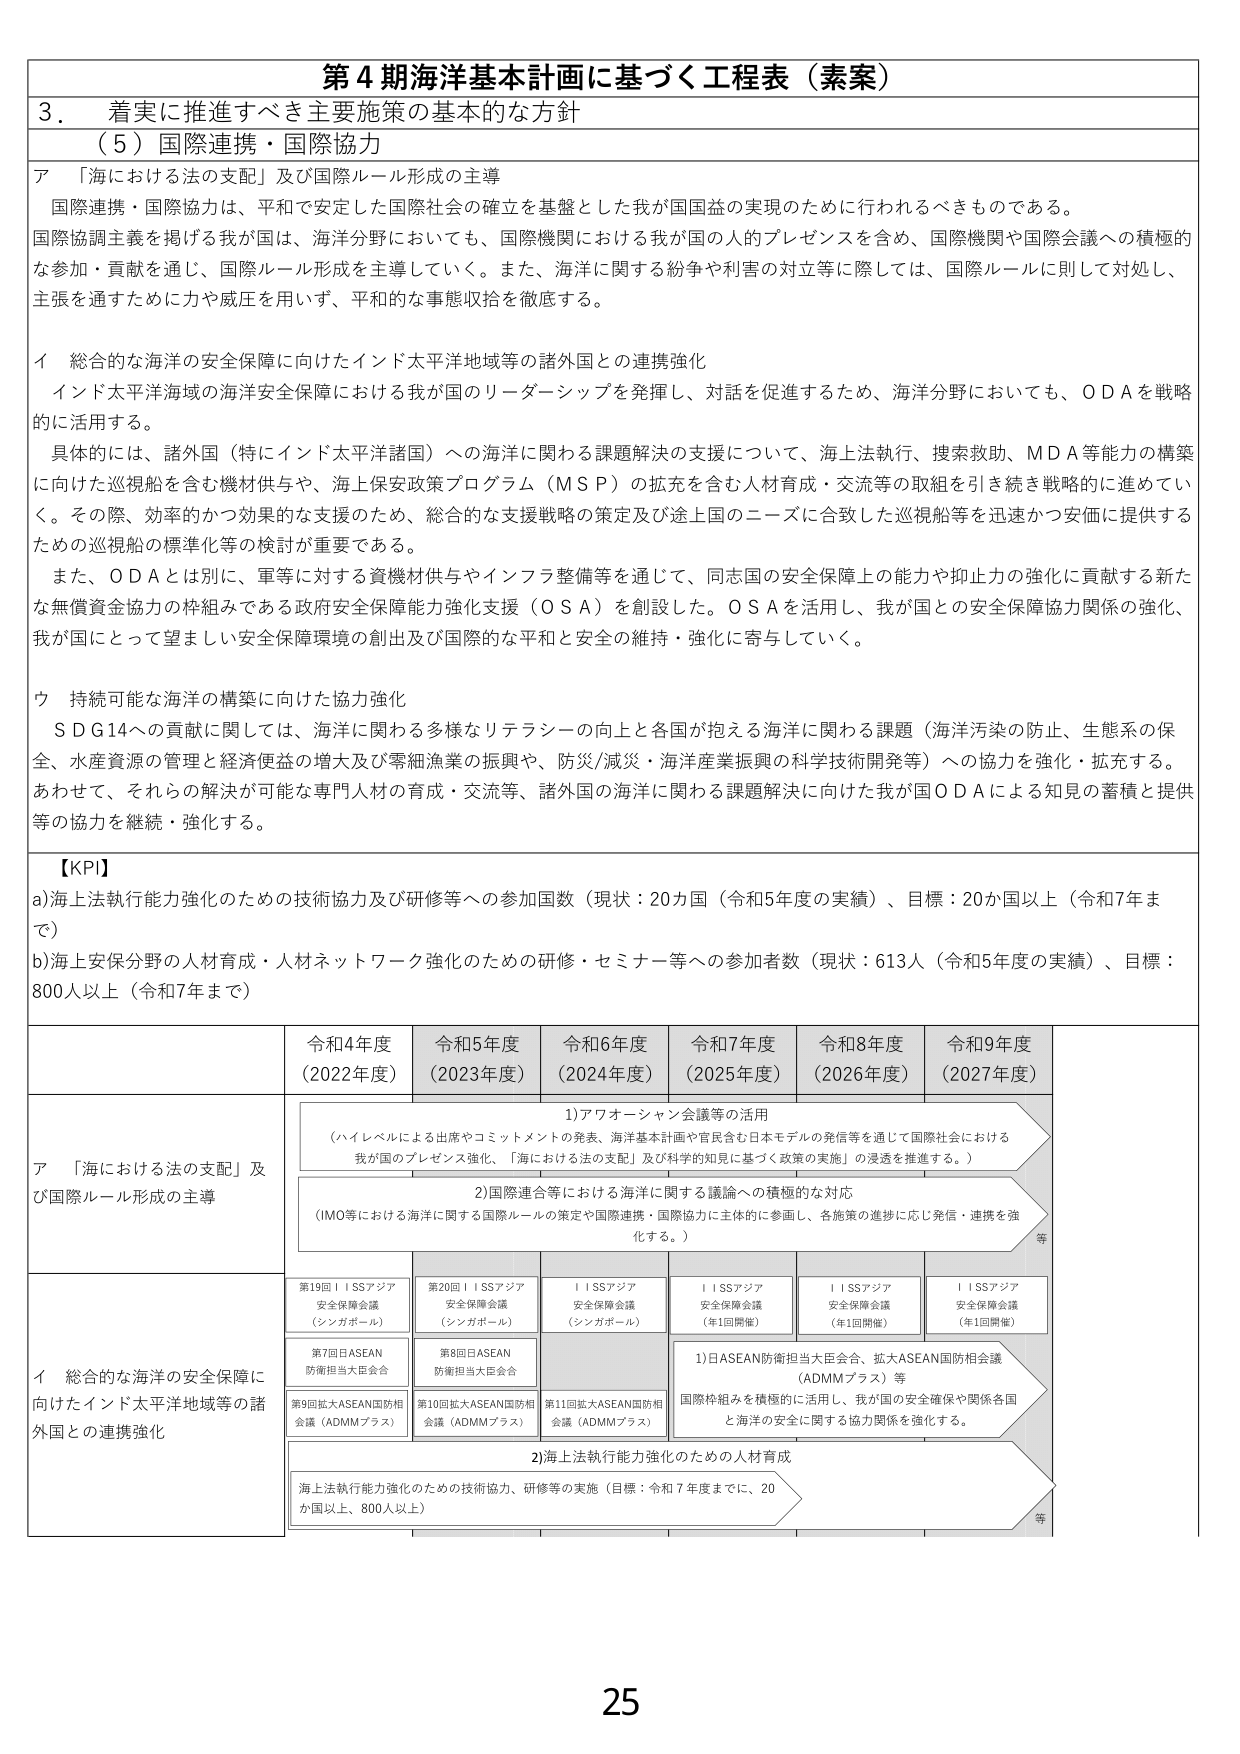
第４期海洋基本計画に基づく工程表（素案）

３．着実に推進すべき主要施策の基本的な方針

（５）国際連携・国際協力

ア 「海における法の支配」及び国際ルール形成の主導

国際連携・国際協力は、平和で安定した国際社会の確立を基盤とした我が国国益の実現のために行われるべきものである。

国際協調主義を掲げる我が国は、海洋分野においても、国際機関における我が国の人 的プレゼンスを含め、国際機関や国際会議への積極的な参加・貢献を通じ、国際ルール形成を主導していく。また、海洋に関する紛争や利害の対立等に際しては、国際ルールに則して対処し、主張を通すために力や威圧を用いず、平和的な事態収拾を徹底する。

イ 総合的な海洋の安全保障に向けたインド太平洋地域等の諸外国との連携強化

インド太平洋海域の海洋安全保障における我が国のリーダーシップを発揮し、対話を促進するため、海洋分野においても、ＯＤＡを戦略的に活用する。

具体的には、諸外国（特にインド太平洋諸国）への海洋に関わる課題解決の支援について、海上法執行、捜索救助、ＭＤＡ等能力の構築に向けた巡視船を含む機材供与や、海上保安政策プログラム（ＭＳＰ）の拡充を含む人材育成・交流等の取組を引き続き戦略的に進めていく。その際、効率的かつ効果的な支援のため、総合的な支援戦略の策定及び途上国のニーズに合致した巡視船等を迅速かつ安価に提供するための巡視船の標準化等の検討が重要である。

また、ＯＤＡとは別に、軍事に対する資機材供与やインフラ整備等を通じて、同盟国の安全保障上の能力や抑止力の強化に貢献する新たな無償資金協力の枠組みである政府安全保障能力強化支援（ＯＳＡ）を創設した。ＯＳＡを活用し、我が国との安全保障協力関係の強化、我が国にとって望ましい安全保障環境の創出及び国際的な平和と安全の維持・強化に寄与していく。

ウ 持続可能な海洋の構築に向けた協力強化

ＳＤＧ１４への貢献に関しては、海洋に関わる多様なリテラシーの向上と各国が抱える海洋に関わる課題（海洋汚染の防止、生態系の保全、水産資源の管理と経済便益の増大及び零細漁業の振興や、防災/減災・海洋産業振興の科学技術開発等）への協力を強化・拡充する。あわせて、それらの解決が可能な専門人材の育成・交流等、諸外国の海洋に関わる課題解決に向けた我が国ＯＤＡによる知見の蓄積と提供等の協力を継続・強化する。

【KPI】

a)海上法執行能力強化のための技術協力及び研修等への参加国数（現状：20か国（令和5年度の実績）、目標：20か国以上（令和7年まで）

b)海上安保分野の人材育成・人材ネットワーク強化のための研修・セミナー等への参加者数（現状：613人（令和5年度の実績）、目標：800人以上（令和7年まで）

令和4年度（2022年度） 令和5年度（2023年度） 令和6年度（2024年度） 令和7年度（2025年度） 令和8年度（2026年度） 令和9年度（2027年度）

ア 「海における法の支配」及び国際ルール形成の主導

1)アワオーシャン会議等の活用
（ハイレベルによる出席やコメントメントの発表、海洋基本計画や官民含む日本モデルの発信等を通じて国際社会における我が国のプレゼンス強化、「海における法の支配」及び科学的知見に基づく政策の実施」の浸透を推進する。）

2)国際連合等における海洋に関する議論への積極的な対応
（IMO等における海洋に関する国際ルールの策定や国際連携、国際協力に主体的に参画し、各施策の進捗に応じ発信・連携を強化する。）

等

イ 総合的な海洋の安全保障に向けたインド太平洋地域等の諸外国との連携強化

第19回ＩＳＳアジア安全保障会議（シンガポール）
第20回ＩＳＳアジア安全保障会議（シンガポール）
ＩＳＳアジア安全保障会議（シンガポール）
ＩＳＳアジア安全保障会議（年1回開催）
ＩＳＳアジア安全保障会議（年1回開催）
ＩＳＳアジア安全保障会議（年1回開催）

第7回日ASEAN防衛担当大臣会合
第8回日ASEAN防衛担当大臣会合

第9回拡大ASEAN国防相会議（ADMMプラス）
第10回拡大ASEAN国防相会議（ADMMプラス）
第11回拡大ASEAN国防相会議（ADMMプラス）

1)日ASEAN防衛担当大臣会合、拡大ASEAN国防相会議（ADMMプラス）等
国際枠組みを積極的に活用し、我が国の安全確保や関係各国と海洋の安全に関する協力関係を強化する。

2)海上法執行能力強化のための人材育成
海上法執行能力強化のための技術協力、研修等の実施（目標：令和7年度までに、20か国以上、800人以上）

等

25